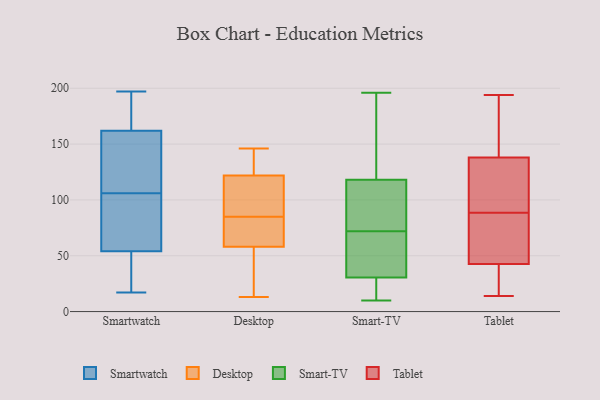
{"axis": {"x": "Headcount", "y": "Value"}, "legend": ["Desktop", "Smart-TV", "Smartwatch", "Tablet"], "data": [{"x": "", "y": 42, "type": "Smartwatch"}, {"x": "", "y": 133, "type": "Smartwatch"}, {"x": "", "y": 189, "type": "Smartwatch"}, {"x": "", "y": 68, "type": "Smartwatch"}, {"x": "", "y": 54, "type": "Smartwatch"}, {"x": "", "y": 88, "type": "Smartwatch"}, {"x": "", "y": 146, "type": "Smartwatch"}, {"x": "", "y": 197, "type": "Smartwatch"}, {"x": "", "y": 67, "type": "Smartwatch"}, {"x": "", "y": 177, "type": "Smartwatch"}, {"x": "", "y": 162, "type": "Smartwatch"}, {"x": "", "y": 17, "type": "Smartwatch"}, {"x": "", "y": 124, "type": "Smartwatch"}, {"x": "", "y": 29, "type": "Smartwatch"}, {"x": "", "y": 67, "type": "Desktop"}, {"x": "", "y": 85, "type": "Desktop"}, {"x": "", "y": 115, "type": "Desktop"}, {"x": "", "y": 42, "type": "Desktop"}, {"x": "", "y": 130, "type": "Desktop"}, {"x": "", "y": 96, "type": "Desktop"}, {"x": "", "y": 124, "type": "Desktop"}, {"x": "", "y": 139, "type": "Desktop"}, {"x": "", "y": 66, "type": "Desktop"}, {"x": "", "y": 13, "type": "Desktop"}, {"x": "", "y": 146, "type": "Desktop"}, {"x": "", "y": 18, "type": "Desktop"}, {"x": "", "y": 133, "type": "Desktop"}, {"x": "", "y": 111, "type": "Desktop"}, {"x": "", "y": 61, "type": "Desktop"}, {"x": "", "y": 104, "type": "Desktop"}, {"x": "", "y": 66, "type": "Desktop"}, {"x": "", "y": 57, "type": "Desktop"}, {"x": "", "y": 40, "type": "Desktop"}, {"x": "", "y": 115, "type": "Smart-TV"}, {"x": "", "y": 62, "type": "Smart-TV"}, {"x": "", "y": 76, "type": "Smart-TV"}, {"x": "", "y": 10, "type": "Smart-TV"}, {"x": "", "y": 17, "type": "Smart-TV"}, {"x": "", "y": 120, "type": "Smart-TV"}, {"x": "", "y": 29, "type": "Smart-TV"}, {"x": "", "y": 148, "type": "Smart-TV"}, {"x": "", "y": 186, "type": "Smart-TV"}, {"x": "", "y": 103, "type": "Smart-TV"}, {"x": "", "y": 196, "type": "Smart-TV"}, {"x": "", "y": 32, "type": "Smart-TV"}, {"x": "", "y": 116, "type": "Smart-TV"}, {"x": "", "y": 58, "type": "Smart-TV"}, {"x": "", "y": 10, "type": "Smart-TV"}, {"x": "", "y": 68, "type": "Smart-TV"}, {"x": "", "y": 12, "type": "Smart-TV"}, {"x": "", "y": 110, "type": "Smart-TV"}, {"x": "", "y": 63, "type": "Smart-TV"}, {"x": "", "y": 132, "type": "Smart-TV"}, {"x": "", "y": 14, "type": "Tablet"}, {"x": "", "y": 97, "type": "Tablet"}, {"x": "", "y": 70, "type": "Tablet"}, {"x": "", "y": 167, "type": "Tablet"}, {"x": "", "y": 80, "type": "Tablet"}, {"x": "", "y": 194, "type": "Tablet"}, {"x": "", "y": 46, "type": "Tablet"}, {"x": "", "y": 97, "type": "Tablet"}, {"x": "", "y": 158, "type": "Tablet"}, {"x": "", "y": 118, "type": "Tablet"}, {"x": "", "y": 25, "type": "Tablet"}, {"x": "", "y": 39, "type": "Tablet"}]}